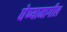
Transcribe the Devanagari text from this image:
घेण्यामागील